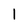
Character: I